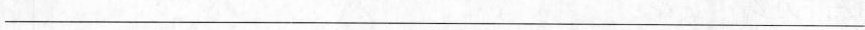
___